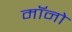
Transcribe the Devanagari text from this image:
मॉनो